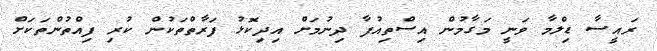
ރައީސާ ޑިލްމާ ވަނީ މަގާމުން އިސްތިއުފާ ދިނުމަށް އިދިކޮޅު ފަރާތްތަކުން ކުރި ފިއްތުންތަކަށް